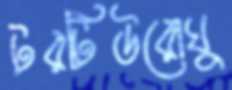
টরটিউরোঘু